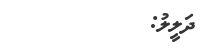
ދަލީލު: